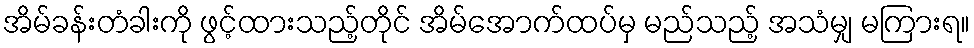
အိမ်ခန်းတံခါးကို ဖွင့်ထားသည့်တိုင် အိမ်အောက်ထပ်မှ မည်သည့် အသံမျှ မကြားရ။